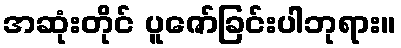
အဆုံးတိုင် ပူဇော်ခြင်းပါဘုရား။